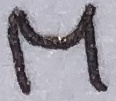
Text: M